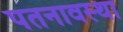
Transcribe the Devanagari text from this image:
पतनावस्था